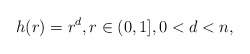
\begin{align*}h(r)=r^d,r\in (0,1],0< d< n,\end{align*}